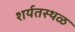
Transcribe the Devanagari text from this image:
शर्यतस्थळ